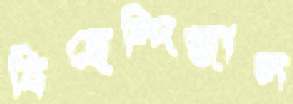
বিহেন্দিজাল